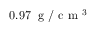
0 . 9 7 \; \mathrm { ~ g ~ } / \mathrm { ~ c ~ m ~ } ^ { 3 }